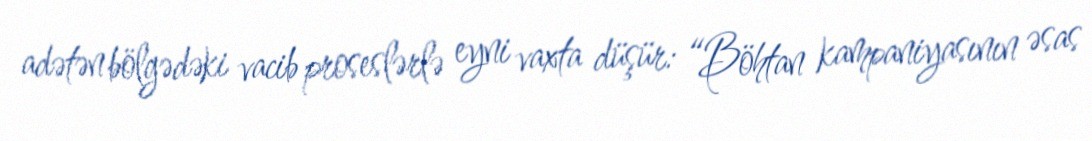
adətən bölgədəki vacib proseslərlə eyni vaxta düşür: “Böhtan kampaniyasının əsas